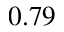
0 . 7 9